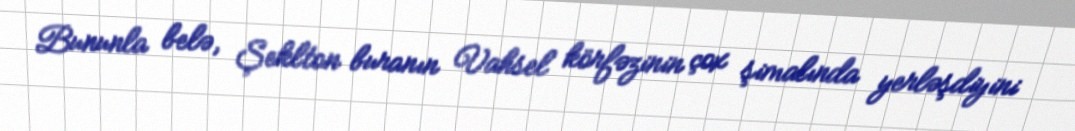
Bununla belə, Şeklton buranın Vahsel körfəzinin çox şimalında yerləşdiyini